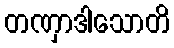
တဏှာဒါသောတိ